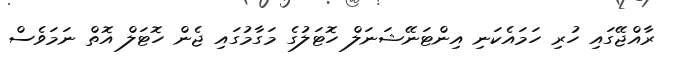
ރާއްޖޭގައި ހުރި ހަމައެކަނި އިންޓަނޭޝަނަލް ހޮޓަލުގެ މަގާމުގައި ޖެން ހޮޓަލް އޮތް ނަމަވެސް